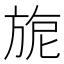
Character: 旎